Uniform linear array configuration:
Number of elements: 12
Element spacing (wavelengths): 0.25
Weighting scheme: kaiser
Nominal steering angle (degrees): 15
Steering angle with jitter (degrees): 16.54
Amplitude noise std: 0.05
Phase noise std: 0.05

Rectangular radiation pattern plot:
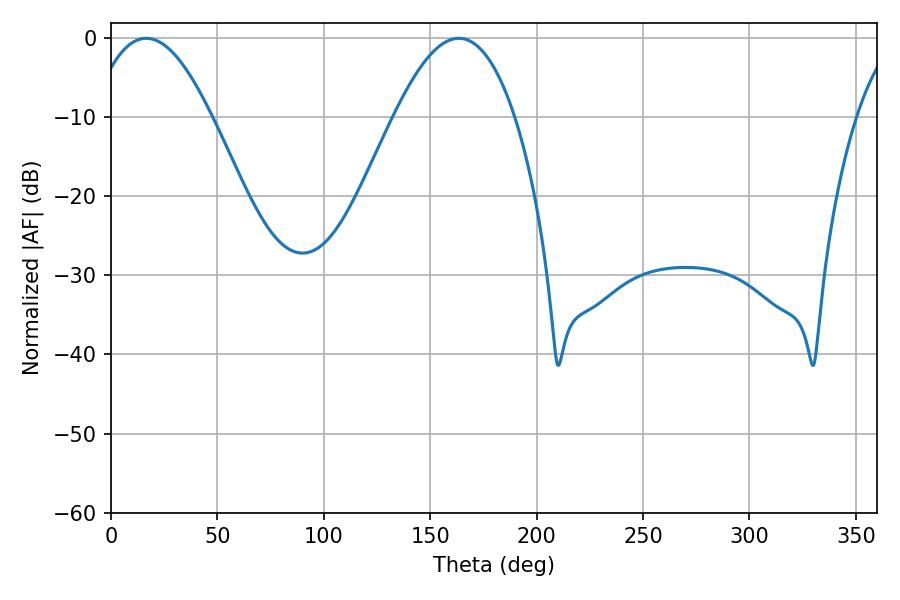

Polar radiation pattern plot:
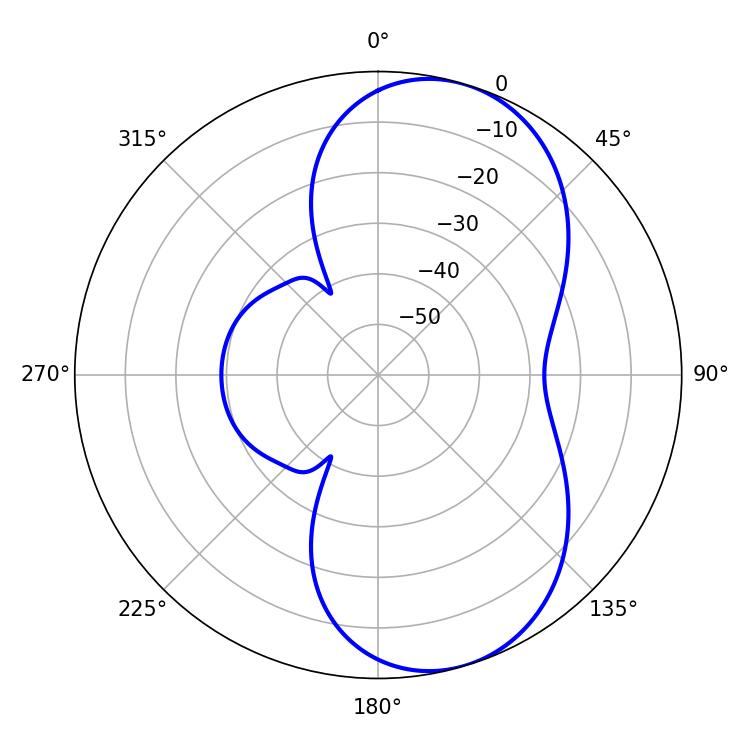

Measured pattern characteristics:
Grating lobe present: FALSE
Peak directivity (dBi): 7.508
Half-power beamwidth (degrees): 31.14
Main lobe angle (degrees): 16.56